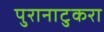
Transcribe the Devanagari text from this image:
पुरानाटुकरा